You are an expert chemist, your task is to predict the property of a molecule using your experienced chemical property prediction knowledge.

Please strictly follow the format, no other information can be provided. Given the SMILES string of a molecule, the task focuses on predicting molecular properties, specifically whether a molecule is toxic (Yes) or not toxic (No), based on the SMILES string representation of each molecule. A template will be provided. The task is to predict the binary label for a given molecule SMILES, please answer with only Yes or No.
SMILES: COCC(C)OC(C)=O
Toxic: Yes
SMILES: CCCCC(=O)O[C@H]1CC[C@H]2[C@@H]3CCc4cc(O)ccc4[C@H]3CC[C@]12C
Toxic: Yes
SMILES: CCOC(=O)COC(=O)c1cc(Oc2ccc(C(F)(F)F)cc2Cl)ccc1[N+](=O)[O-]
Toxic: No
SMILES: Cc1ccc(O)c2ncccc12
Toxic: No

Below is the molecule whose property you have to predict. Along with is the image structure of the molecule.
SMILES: CC[C@@]1(O)C(=O)OCc2c1cc1n(c2=O)Cc2c-1nc1ccccc1c2/C=N/OC(C)(C)C
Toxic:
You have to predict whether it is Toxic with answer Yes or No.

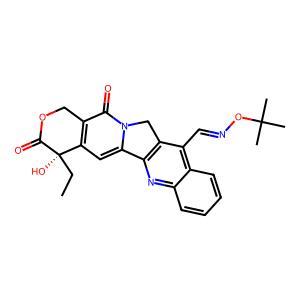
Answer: No